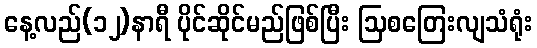
နေ့လည်(၁၂)နာရီ ပိုင်ဆိုင်မည်ဖြစ်ပြီး ဩစတြေးလျသံရုံး